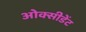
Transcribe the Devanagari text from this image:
ओक्सीडेंट